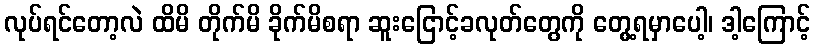
လုပ်ရင်တော့လဲ ထိမိ တိုက်မိ ခိုက်မိစရာ ဆူးငြောင့်ခလုတ်တွေကို တွေ့ရမှာပေါ့၊ ဒါ့ကြောင့်